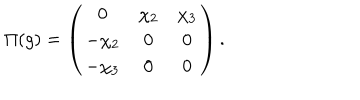
\Pi ( g ) = \left( \begin{array} { c c c } { { 0 } } & { { \chi _ { 2 } } } & { { \chi _ { 3 } } } \\ { { - \chi _ { 2 } } } & { { 0 } } & { { 0 } } \\ { { - \chi _ { 3 } } } & { { 0 } } & { { 0 } } \\ \end{array} \right) .